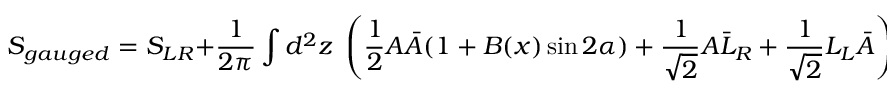
S _ { g a u g e d } = S _ { L R } + \frac { 1 } { 2 \pi } \int d ^ { 2 } z \; \left( \frac { 1 } { 2 } A \bar { A } ( 1 + B ( x ) \sin 2 \alpha ) + \frac { 1 } { \sqrt { 2 } } A \bar { L } _ { R } + \frac { 1 } { \sqrt { 2 } } L _ { L } \bar { A } \right) ,